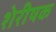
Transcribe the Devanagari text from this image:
शेरीषक